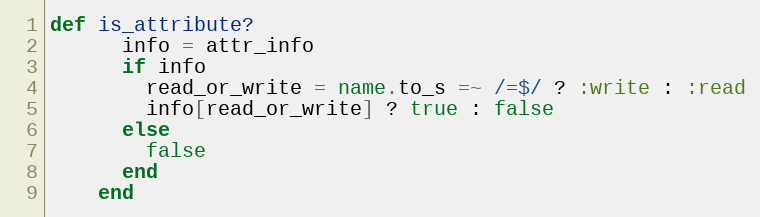
Language: Ruby
def is_attribute?
      info = attr_info
      if info
        read_or_write = name.to_s =~ /=$/ ? :write : :read
        info[read_or_write] ? true : false
      else
        false
      end
    end